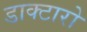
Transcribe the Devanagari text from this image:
डाक्टारो